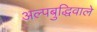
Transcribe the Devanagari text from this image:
अल्पबुद्धिवाले